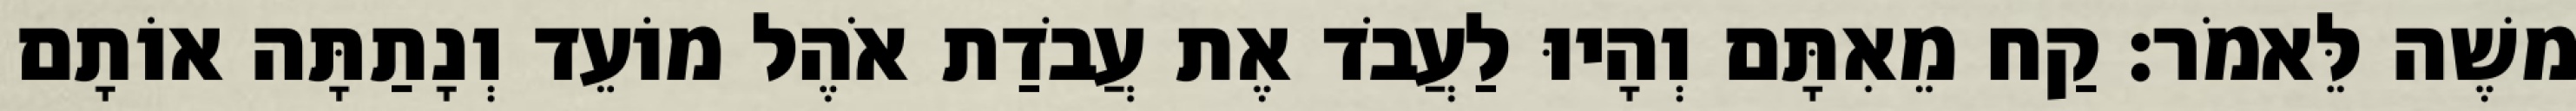
משֶׁה לֵּאמֹר׃ קַח מֵאִתָּם וְהָיוּ לַעֲבֹד אֶת עֲבֹדַת אֹהֶל מוֹעֵד וְנָתַתָּה אוֹתָם